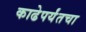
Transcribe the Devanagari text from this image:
काढेपर्यंतचा